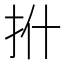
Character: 𪭡